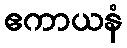
ဧကာယနံ